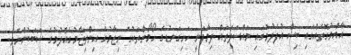
އާއްމުގޮތެއްގައި ބިސް އުފެދުމުގައި މައްސަލަތައް ދިމާވަނީ ހަށިގަނޑުގެ ހޯމޯންތަކުގެ ނިޒާމުގެ އިންތިޒާމުގެއްލުމުގެ ސަބަބުންނެވެ.